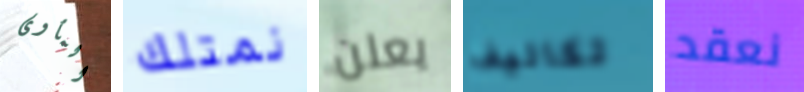
المأوى نمتلك يعلن تكاليف نعقد